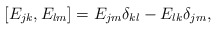
\begin{align*}[E_{j k}, E_{l m}] = E_{j m} \delta_{k l} - E_{l k} \delta_{jm},\end{align*}